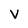
Character: V